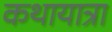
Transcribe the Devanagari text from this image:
कथायात्रा